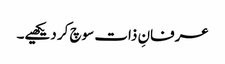
عرفانِ ذات سوچ کر دیکھیے۔